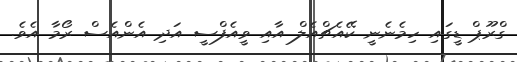
ގްރޫޕް ޑީގައި ހިމެނެނީ ކޭއެޗްއެލް އާއި ވީއެފްސީ އަދި އެންއެސް ރޯމާ އެވެ.